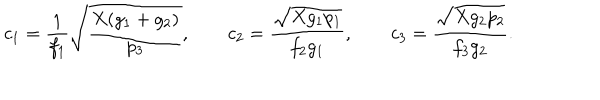
c _ { 1 } = \frac { 1 } { f _ { 1 } } \sqrt { \frac { X ( g _ { 1 } + g _ { 2 } ) } { p _ { 3 } } } , \qquad c _ { 2 } = \frac { \sqrt { X g _ { 1 } p _ { 1 } } } { f _ { 2 } g _ { 1 } } , \qquad c _ { 3 } = \frac { \sqrt { X g _ { 2 } p _ { 2 } } } { f _ { 3 } g _ { 2 } } .